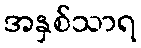
အနှစ်သာရ